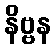
နိဗ္ဗန